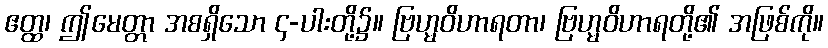
ဧတ္ထ၊ ဤမေတ္တာ အစရှိသော ၄-ပါးတို့၌။ ဗြဟ္မဝိဟာရတာ၊ ဗြဟ္မဝိဟာရတို့၏ အဖြစ်ကို။